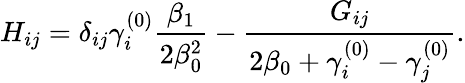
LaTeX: H_{ij}=\delta_{ij}\gamma_{i}^{(0)}{\frac{\beta_{1}}{2\beta_{0}^{2}}}-{\frac{G_{ij}}{2\beta_{0}+\gamma_{i}^{(0)}-\gamma_{j}^{(0)}}}.